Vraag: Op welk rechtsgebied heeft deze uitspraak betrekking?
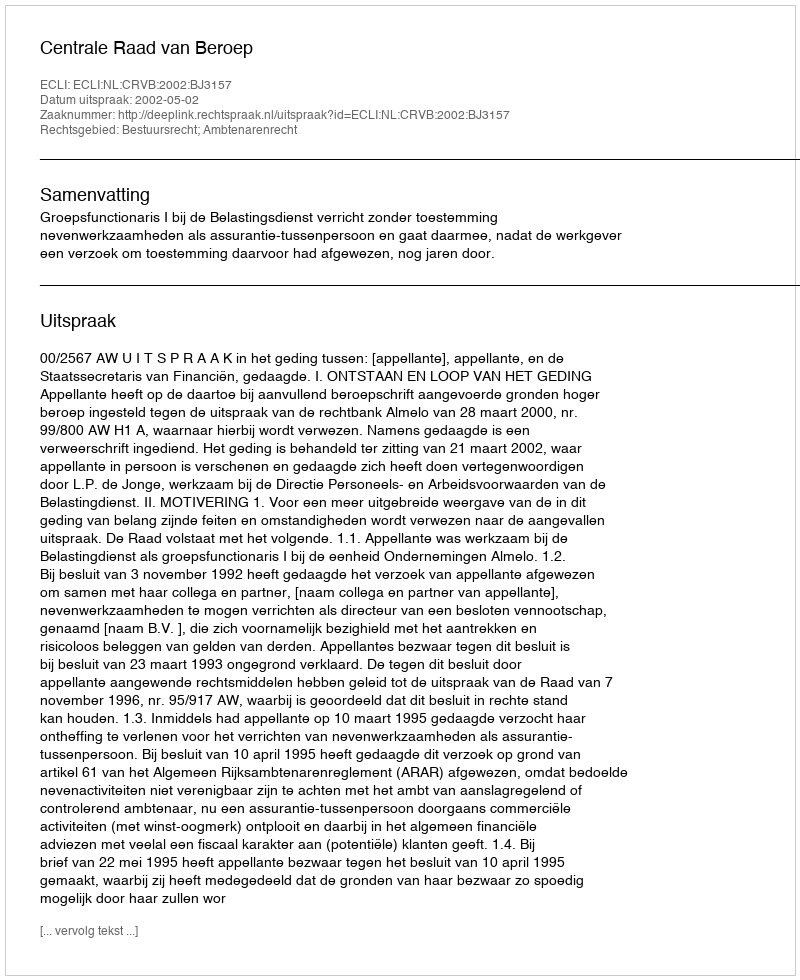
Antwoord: Bestuursrecht; Ambtenarenrecht